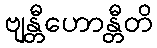
ဗျန္တီဟောန္တီတိ